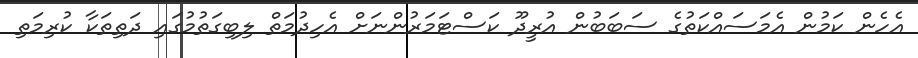
އެހެން ކަމުން އެމަސައްކަތުގެ ސަބަބުން އުރީދޫ ކަސްޓަމަރުންނަށް އެހިދުމަތް ލިބިގަތުމުގައި ދަތިތަކާ ކުރިމަތި